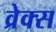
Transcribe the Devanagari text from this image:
व्रेक्स